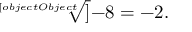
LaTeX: { \sqrt [ [object Object] ] { - 8 } } = - 2 .